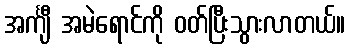
အင်္ကျီ အမဲရောင်ကို ဝတ်ပြီးသွားလာတယ်။